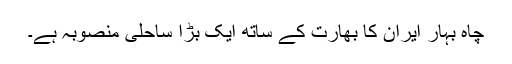
چاہ بہار ایران کا بھارت کے ساتھ ایک بڑا ساحلی منصوبہ ہے۔